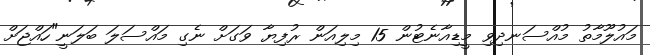
މައުލޫމާތު މުއްސަނދިވި މީޑިއާނެޓުން 15 މިލިއަން ރުފިޔާ ވަގަށް ނެގި މައްސަލަ ބަލަނީ"ހައްޖަށް